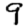
Digit: 9